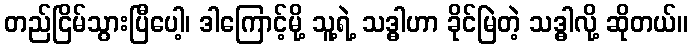
တည်ငြိမ်သွားပြီပေါ့၊ ဒါကြောင့်မို့ သူ့ရဲ့ သဒ္ဓါဟာ ခိုင်မြဲတဲ့ သဒ္ဓါလို့ ဆိုတယ်။